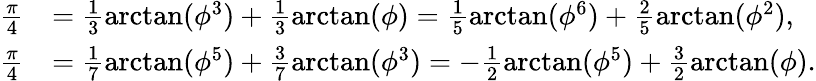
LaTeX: \begin{array}{rl}{\frac{\pi}{4}}&{=\frac{1}{3}\arctan(\phi^{3})+\frac{1}{3}\arctan(\phi)=\frac{1}{5}\arctan(\phi^{6})+\frac{2}{5}\arctan(\phi^{2}),}\\ {\frac{\pi}{4}}&{=\frac{1}{7}\arctan(\phi^{5})+\frac{3}{7}\arctan(\phi^{3})=-\frac{1}{2}\arctan(\phi^{5})+\frac{3}{2}\arctan(\phi).}\end{array}